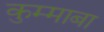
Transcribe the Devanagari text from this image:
कुम्माबा